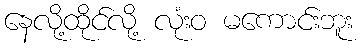
နေလို့ထိုင်လို့ လုံးဝ မကောင်းဘူး